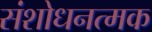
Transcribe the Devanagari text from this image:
संशोधनत्मक